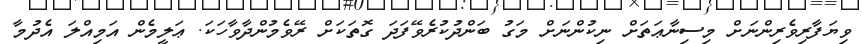
ވިޔަފާރިވެރިންނަށް މިސިނާޢަތަށް ނިކުންނަށް މަގު ބަންދުކުރެވޭފަދަ ގޮތަކަށް ރޭވެމުންދާވާހަކަ. ޢަލީމެން އަމިއްލަ އެދުމާ